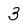
Character: 3